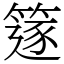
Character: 篴